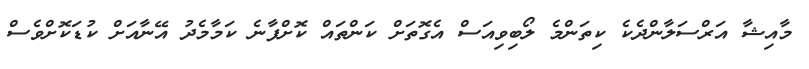
މާއިޝާ އަރްސަލާންދެކެ ކިތަންމެ ލޯބިވިއަސް އެގޮތަށް ކަންތައް ކޮށްފާނެ ކަމާމެދު އޭނާއަށް ކުޑަކޮށްވެސް